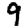
Digit: 9